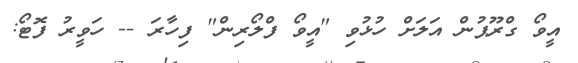
އީވޯ ގްރޫޕުން އަލަށް ހުޅުވި "އީވޯ ފްލޯރިން" ފިހާރަ -- ހަވީރު ފޮޓޯ: